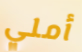
أملي